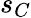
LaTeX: s_{C}